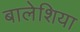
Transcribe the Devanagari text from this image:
बालेशिया